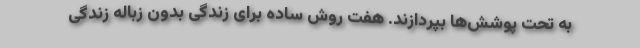
به تحت پوشش‌ها بپردازند. هفت روش ساده برای زندگی بدون زباله زندگی